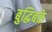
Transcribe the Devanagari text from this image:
बुद्धिबळे